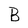
Character: B